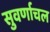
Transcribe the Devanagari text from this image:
सुवर्णाचल